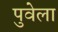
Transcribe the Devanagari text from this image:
पुवेला